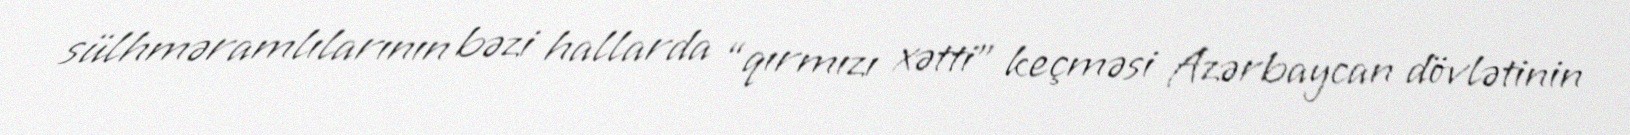
sülhməramlılarının bəzi hallarda “qırmızı xətti” keçməsi Azərbaycan dövlətinin